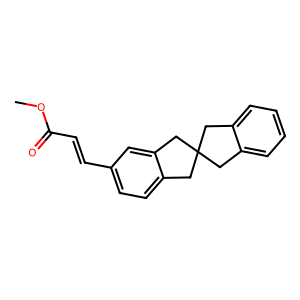
SMILES: COC(=O)C=Cc1ccc2c(c1)CC1(Cc3ccccc3C1)C2
Inhibits HIV replication: No